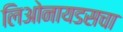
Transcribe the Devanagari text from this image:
लिओनायडसचा